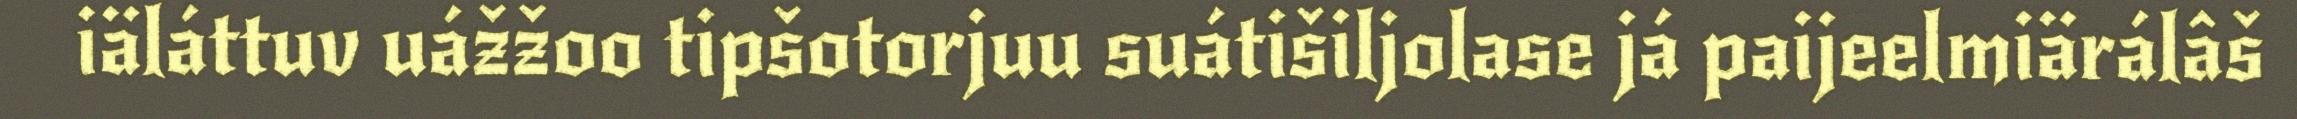
iäláttuv uážžoo tipšotorjuu suátišiljolase já paijeelmiärálâš